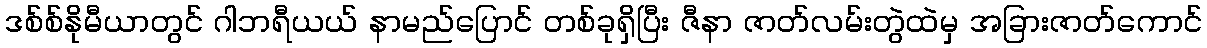
ဒစ်စ်နိုမီယာတွင် ဂါဘရီယယ် နာမည်ပြောင် တစ်ခုရှိပြီး ဇီနာ ဇာတ်လမ်းတွဲထဲမှ အခြားဇာတ်ကောင်